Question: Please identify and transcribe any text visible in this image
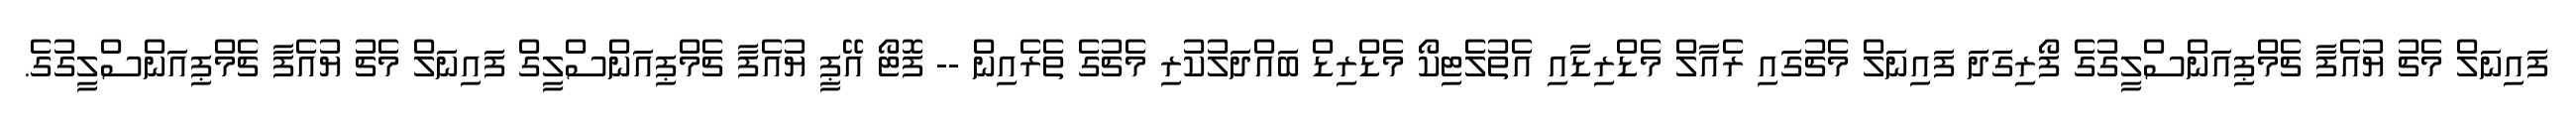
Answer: ފައިނަލް މެޗު ޔުއެފާ ޗެމްޕިއަންސްލީގުގެ ފޯރިގަދަ ފައިނަލް މެޗުގައި ރެއާލް މެޑްރިޑާއި އެތުލެޓިކޯ މެޑްރިޑް ބައްދަލުކުރި މެޗުގެ ތެރެއިން -- ފޮޓޯ އޭޕީ ޔުއެފާ ޗެމްޕިއަންސްލީގް ފައިނަލް މެޗު ޔުއެފާ ޗެމްޕިއަންސްލީގުގެ.